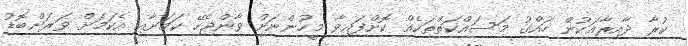
ކުރާ ދާއިރާއަކުން ހައްގު މަސައްކަތްތަކެއް ކޮށްފައިވާ މީހުންނަށް ވާންޖެހޭ ކަމަށާއި އެކަމަށް ވަރަށްބޮޑު